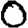
Digit: 0